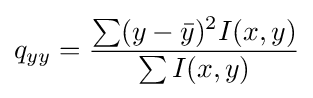
q_{yy}={\frac {\sum (y-{\bar {y}})^{2}I(x,y)}{\sum I(x,y)}}